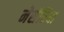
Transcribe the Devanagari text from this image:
नेसेरिया